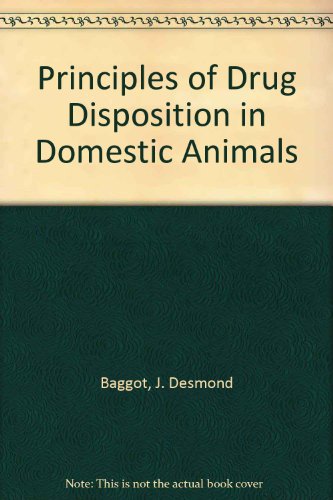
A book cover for Principles of Drug Disposition in Domestic Animals; J. Desmond Baggot; Medical Books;